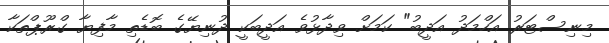
މިނިސްޓަރު އަހްމަދު އަދީބު" ކަމަށް ވިދާޅުވެ އަދީބަކީ ދުނިޔޭގެ ބޮޑެތި މާފިޔާ ގްރޫޕްތަކާ